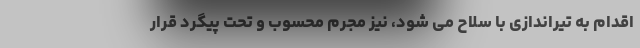
اقدام به تیراندازی با سلاح می شود، نیز مُجرم محسوب و تحت پیگرد قرار